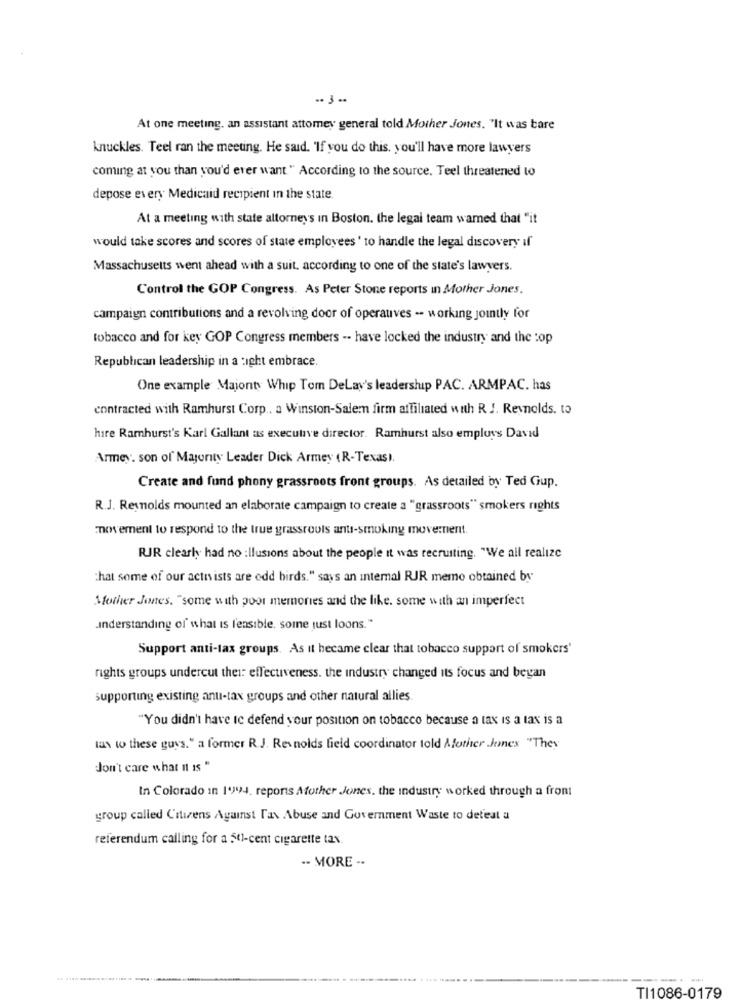
-- 3 -.
At one meeting, an assistant attomey general told Mother Jones. "It was bare
knuckles. Teel ran the meeting. He said. 'If you do this. you'll have more lawyers
coming at you than you'd ever want " According to the source. Teel threatened to
depose every Medicaid recipient in the state.
At a meeting with state altorneys in Boston. the legal team wamed that "it
would take scores and scores of state employees ' to handle the legal discovery if
Massachusetts went ahead with a suit. according to one of the state's lawyers.
Control the GOP Congress. As Peter Stone reports in Mother Jones.
campaign contributions and a revolving door of operauves -- working jointly for
tobacco and for key GOP Congress members -. have locked the industry and the :op
Republican leadership in a :ight embrace.
One example Majonty Whip Tom DeLav's leadership PAC. ARMPAC. has
contracted with Ramhurst Corp .. a Winston-Salem firm affiliated with R. J. Reynolds. to
hire Ramhurst's Karl Gallant as executive director. Ramhurst also employs David
Armey. son of Majority Leader Dick Armey (R-Texas).
Create and fund phony grassroots front groups. As detailed by Ted Gup.
R.J. Reynolds mounted an elaborate campaign to create a "grassroots" smokers rights
now ement to respond to the true grassroots anti-smoking movement.
RJR clearly had no :llusions about the people it was recruiting. "We all realize
that some of our activists are odd birds." says an internal RJR memo obtained by
Mother Jones, "some with poor memories and the like. some with an imperfect
.understanding of what is l'ensible. some just loons."
Support anti-tax groups. As it became clear that tobacco suppart of smokers'
rights groups undercut thei: effectiveness. the industry changed its focus and began
supporting existing anu-tax groups and other natural allies.
"You didn't have ic defend your position on tobacco because a tax is a tax is a
las w these guys." a former R.J. Reynolds field coordinator told Mother Jones "They
don't care what it is "
In Colorado in 19)994. reports Mother Jones, the industry worked through a front
group called Citizens Against Tax Abuse and Government Waste to defeat a
referendum calling for a 50-cent cigarette tax.
-- MORE -.
TI1086-0179